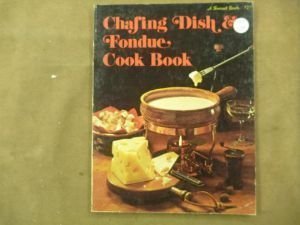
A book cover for Chafing Dish & Fondue Cook Book (A Sunset book); Cookbooks, Food & Wine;